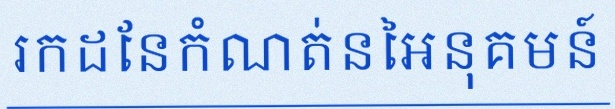
រកដែនកំណត់នៃអនុគមន៍